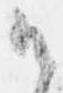
御